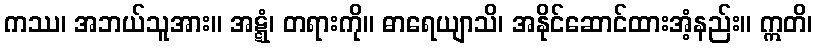
ကဿ၊ အဘယ်သူအား။ အဋ္ဋံ၊ တရားကို။ ဓာရေယျာသိ၊ အနိုင်ဆောင်ထားအံ့နည်း။ ဣတိ၊